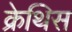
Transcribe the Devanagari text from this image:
क्रेथिस